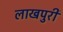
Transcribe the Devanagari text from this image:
लाखपुरी